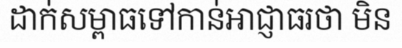
ដាក់សម្ពាធទៅកាន់អាជ្ញាធរថា មិន